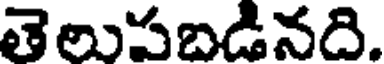
తెలుపబడినది.